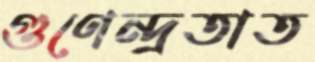
গুণেন্দ্রতাত